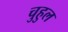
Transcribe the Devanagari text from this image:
चुहुल